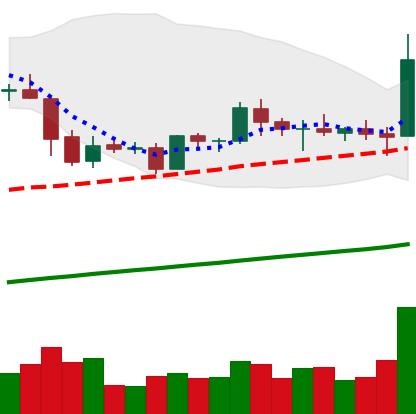
Ticker: EOS-USD
Chart end date: 2019-05-11
Forward return: 17.484%
Label: up_7plus